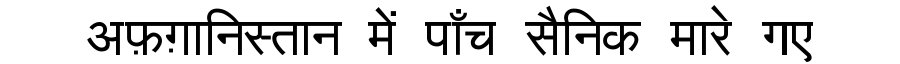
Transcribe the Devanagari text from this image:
अफ़ग़ानिस्तान में पाँच सैनिक मारे गए